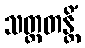
သတ္တတန္တိံ